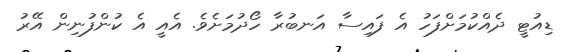
ޑިއުޓީ ދެއްކުމަށްފަހު އެ ފައިސާ އަނބުރާ ހޯދުމަށެވެ. އެއީ އެ ކުންފުނިން އޭރު